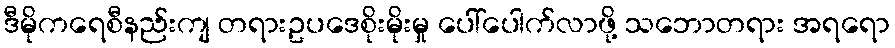
ဒီမိုကရေစီနည်းကျ တရားဥပဒေစိုးမိုးမှု ပေါ်ပေါက်လာဖို့ သဘောတရား အရရော